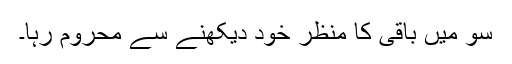
سو میں باقی کا منظر خود دیکھنے سے محروم رہا۔